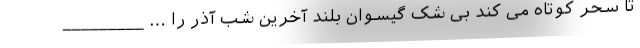
تا سحر کوتاه می کند بی شک گیسوان بلند آخرین شب آذر را … _________